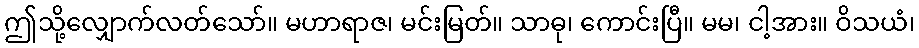
ဤသို့လျှောက်လတ်သော်။ မဟာရာဇ၊ မင်းမြတ်။ သာဓု၊ ကောင်းပြီ။ မမ၊ ငါ့အား။ ဝိသယံ၊